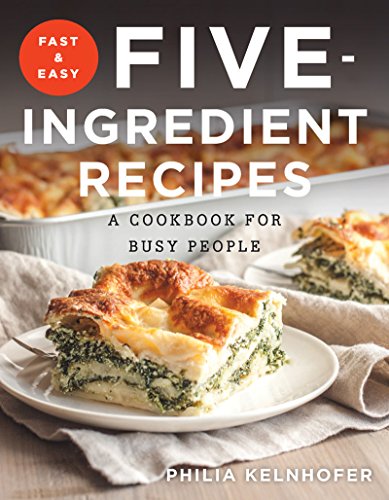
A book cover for Fast and Easy Five-Ingredient Recipes: A Cookbook for Busy People; Philia Kelnhofer; Cookbooks, Food & Wine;